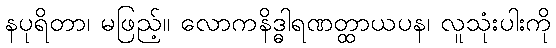
နပုရိတာ၊ မဖြည့်။ လောကနိဒ္ဓါရဏတ္ထာယပန၊ လူသုံးပါးကို